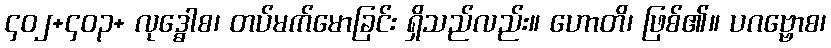
၄၀၂+၄၀၃+ လုဒ္ဓေါစ၊ တပ်မက်မောခြင်း ရှိသည်လည်း။ ဟောတိ၊ ဖြစ်၏။ ပဂဗ္ဗောစ၊